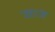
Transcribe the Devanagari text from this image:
जहाज़ें